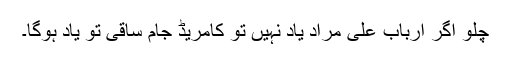
چلو اگر ارباب علی مراد یاد نہیں تو کامریڈ جام ساقی تو یاد ہوگا۔